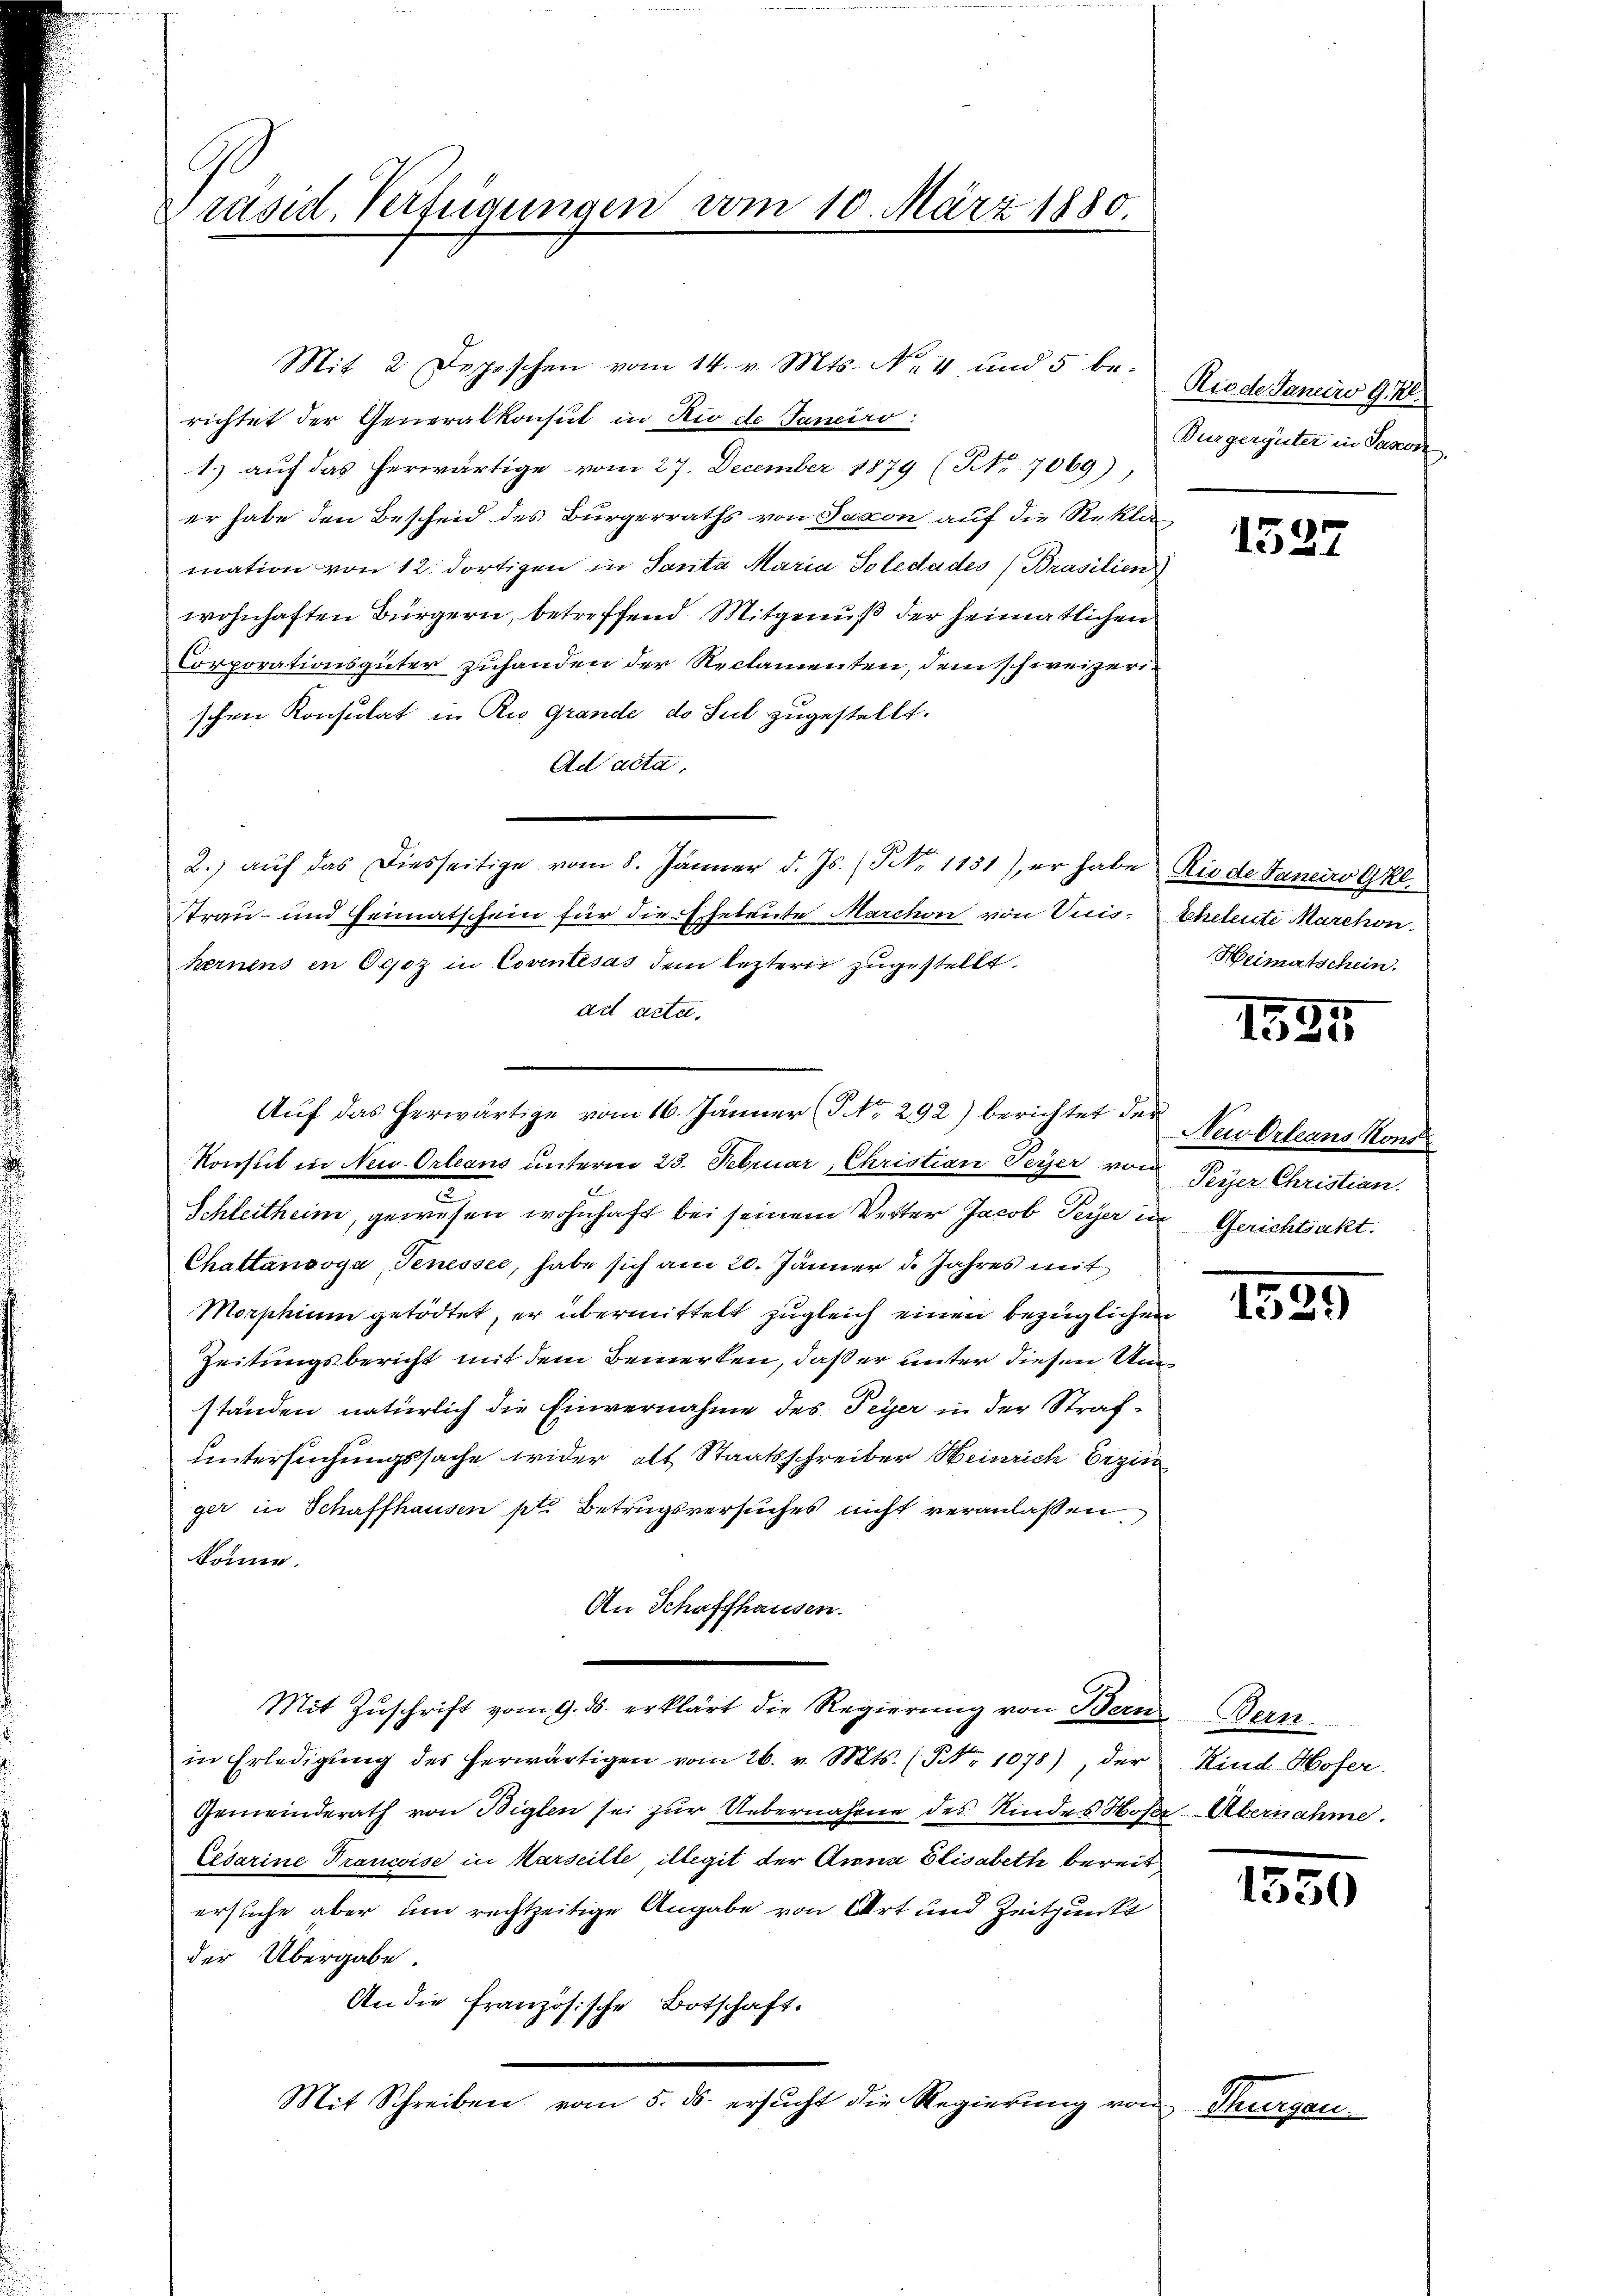
Präsid. Verfügungen vom 10. März 1880.

Mit 2 Depeschen vom 14. v. Mts. No. 4. und 5 be-
richtet der Generalkonsul in Rio de Janeiro
1. aŭf das herwärtige vom 27. December 1879 (Nr. 7069),
er habe den Bescheid des Bürgerraths von Saxon auf die Rekla
mation von 12. dortigen in Santa Maria Solidades Brasilien
wohnhaften Bürgern, betreffend Mitgenuß der heimatlichen
Corporationsgüter zuhanden der Reclamenten, dem schweizerischen Konsulat in Rio Grande, do sul zugestellt.
Ad acta.
2. aŭf das diesseitige vom 8. Jänner d. Js. (Nr. 1151), er habe Rio de Janeiro Gel
Strau- und Heimatschein für die Eheleute Marchon von Vuishernens in Ogoz in Coventésas dem leztere zugestellt.
ad acta.
Auf das herwärtige vom 16. Jänner (T. No. 292) berichtet der Neukrleans Kons
Konsul in Neu Orleans unterm 23. Februar, Christian Peyer von
Schleitheim, gewesen wohnhaft bei seinem Vetter Jacob Peyer in Gerichtsakt.
Chattanooya Jenessee, habe sich am 20. Jänner d. Jahres mit
Morphium getödtet, er übermittelt zugleich einen bezügliche
Zeitungsbericht mit dem Bemerken, daß er unter diesen Unständen natürlich die Einvernahme des Peyer in der Strafuntersuchungssache wider alt Staatsschreiber Heinrich bezie
ger in Schaffhausen ptr. Betrugsversuches nicht veranlaßen
könne.
An Schaffhausen.
Mit Zuschrift vom 9. ds. erklärt die Regierung von Bern
in Erledigŭng des herwärtigen vom 26. v. Mts. (§ 1078), der
Gemeinderath von Biglen sei zur Uebernahme des Kindes Mo¬
Eidarine Francise in Marseille, illegit der Anna Elisabeth bereit
ersuche aber um rechtzeitige Angabe von Art und Zeitpunkt
der Übergabe.
An die Französische Botschaft.
Mit Schreiben vom 5. ds. ersucht die Regierung von

ofe

f

Rio de Janeiro G. Zl.
Burgerguter in Pascon

Scheleute Marchon
Heimatschein.

f

1527

1585

Peyer Christian.

1529

Bern
Kind Hofer.
de Übernahme.

1550

Pre

t